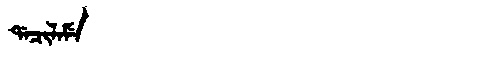
Manchu: ᡩᠠᠴᡳᠯᠠᠮᡝ
Romanization: DACILAME